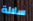
سلالة